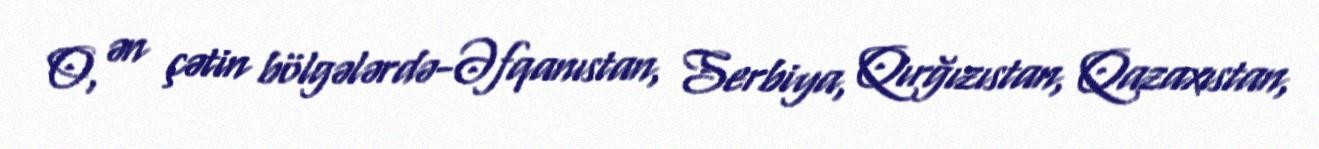
O, ən çətin bölgələrdə-Əfqanıstan, Serbiya, Qırğızıstan, Qazaxıstan,